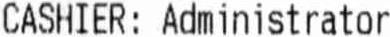
CASHIER: ADMINISTRATOR